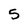
Character: 5